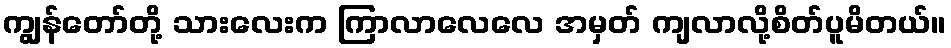
ကျွန်တော်တို့ သားလေးက ကြာလာလေလေ အမှတ် ကျလာလို့စိတ်ပူမိတယ်။